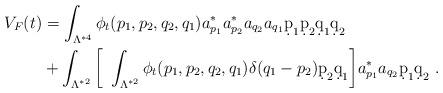
LaTeX: \begin{align*} V_F(t) & = \int_{ \Lambda^{*4 } } \phi_t(p_1,p_2,q_2,q_1)a_{p_1}^* a_{p_2}^*a_{q_2} a_{q_1} \d p_1 \d p_2 \d q_1 \d q_2 \\& + \int_{ \Lambda^{*2 } } \bigg[\ \int_{ \Lambda^{*2 } } \phi_t(p_1,p_2,q_2,q_1) \delta(q_1 - p_2) \d p_2 \d q_1 \bigg]a_{p_1}^* a_{q_2} \d p_1 \d q_2 \ . \end{align*}